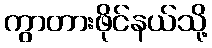
ကွာတားဖိုင်နယ်သို့